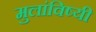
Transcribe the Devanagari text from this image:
मुलांविष्यी